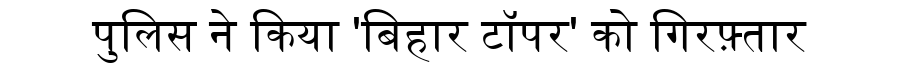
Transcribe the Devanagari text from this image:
पुलिस ने किया 'बिहार टाॅपर' को गिरफ़्तार